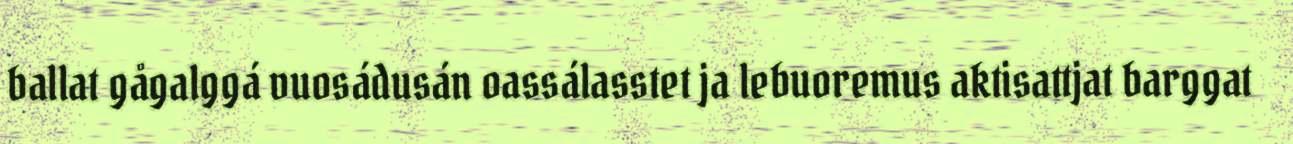
ballat gågalggá vuosádusán oassálasstet ja lebuoremus aktisattjat barggat